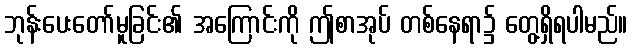
ဘုန်းပေးတော်မူခြင်း၏ အကြောင်းကို ဤစာအုပ် တစ်နေရာ၌ တွေ့ရှိရပါမည်။